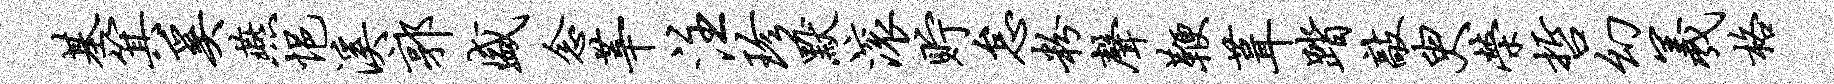
基箕奚燕悒溪郭盛念莘注珍默滚贮怠粉声鞭葺踏敲臾荣哲幻羲格